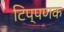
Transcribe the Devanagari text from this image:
टिप्पणक